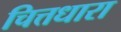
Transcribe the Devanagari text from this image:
चित्तधारा